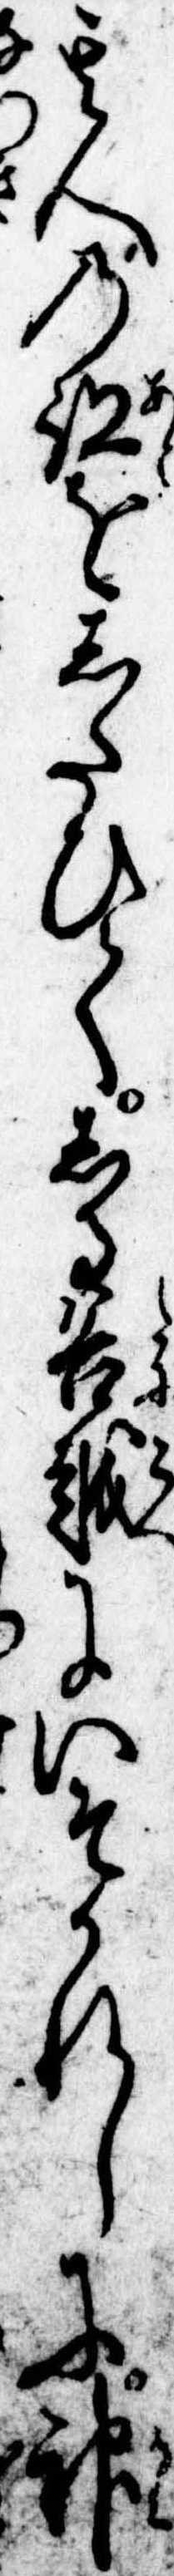
其人の跡をしたひてしる谷越にいそかれしに神